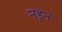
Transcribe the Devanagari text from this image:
नहून